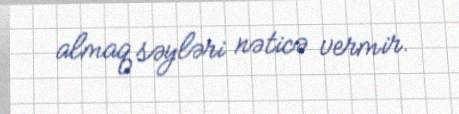
almaq səyləri nəticə vermir.